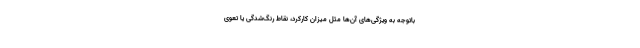
باتوجه به ویژگی‌های آن‌ها مثل میزان کارکرد، نقاط رنگ‌شدگی یا تعوی